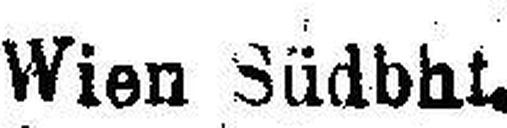
Wien Südbhf.